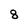
Character: 8